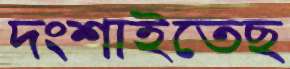
দংশাইতেছ